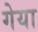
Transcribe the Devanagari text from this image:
गेया